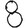
Digit: 8